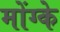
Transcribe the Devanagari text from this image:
मोंग्के